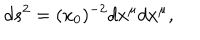
LaTeX: d s ^ { 2 } = ( x _ { 0 } ) ^ { - 2 } d x ^ { \mu } d x ^ { \mu } ,